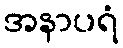
အနာပရံ